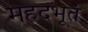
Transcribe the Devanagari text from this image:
महदभूतं